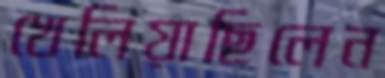
খেলিয়াছিলেন